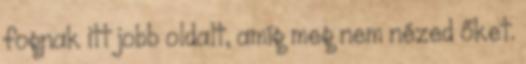
fognak itt jobb oldalt, amíg meg nem nézed őket.